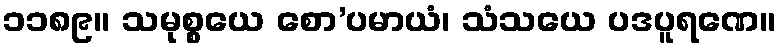
၁၁၈၉။ သမုစ္စယေ စော’ပမာယံ၊ သံသယေ ပဒပူရဏေ။